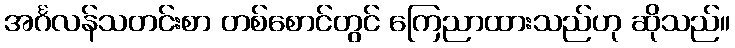
အင်္ဂလန်သတင်းစာ တစ်စောင်တွင် ကြေညာထားသည်ဟု ဆိုသည်။